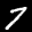
Label: 7